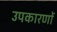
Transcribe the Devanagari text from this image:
उपकारणों